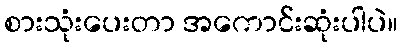
စားသုံးပေးတာ အကောင်းဆုံးပါပဲ။